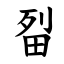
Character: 㽝